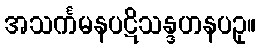
အသင်္ကမနပဋိသန္ဒဟနပဥှ။